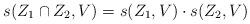
LaTeX: \begin{align*}s(Z_1\cap Z_2,V) = s(Z_1,V)\cdot s(Z_2,V)\end{align*}